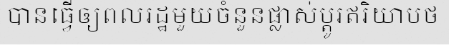
បានធ្វើឲ្យពលរដ្ឋមួយចំនួនផ្លាស់ប្តូរឥរិយាបថ